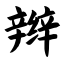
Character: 辫